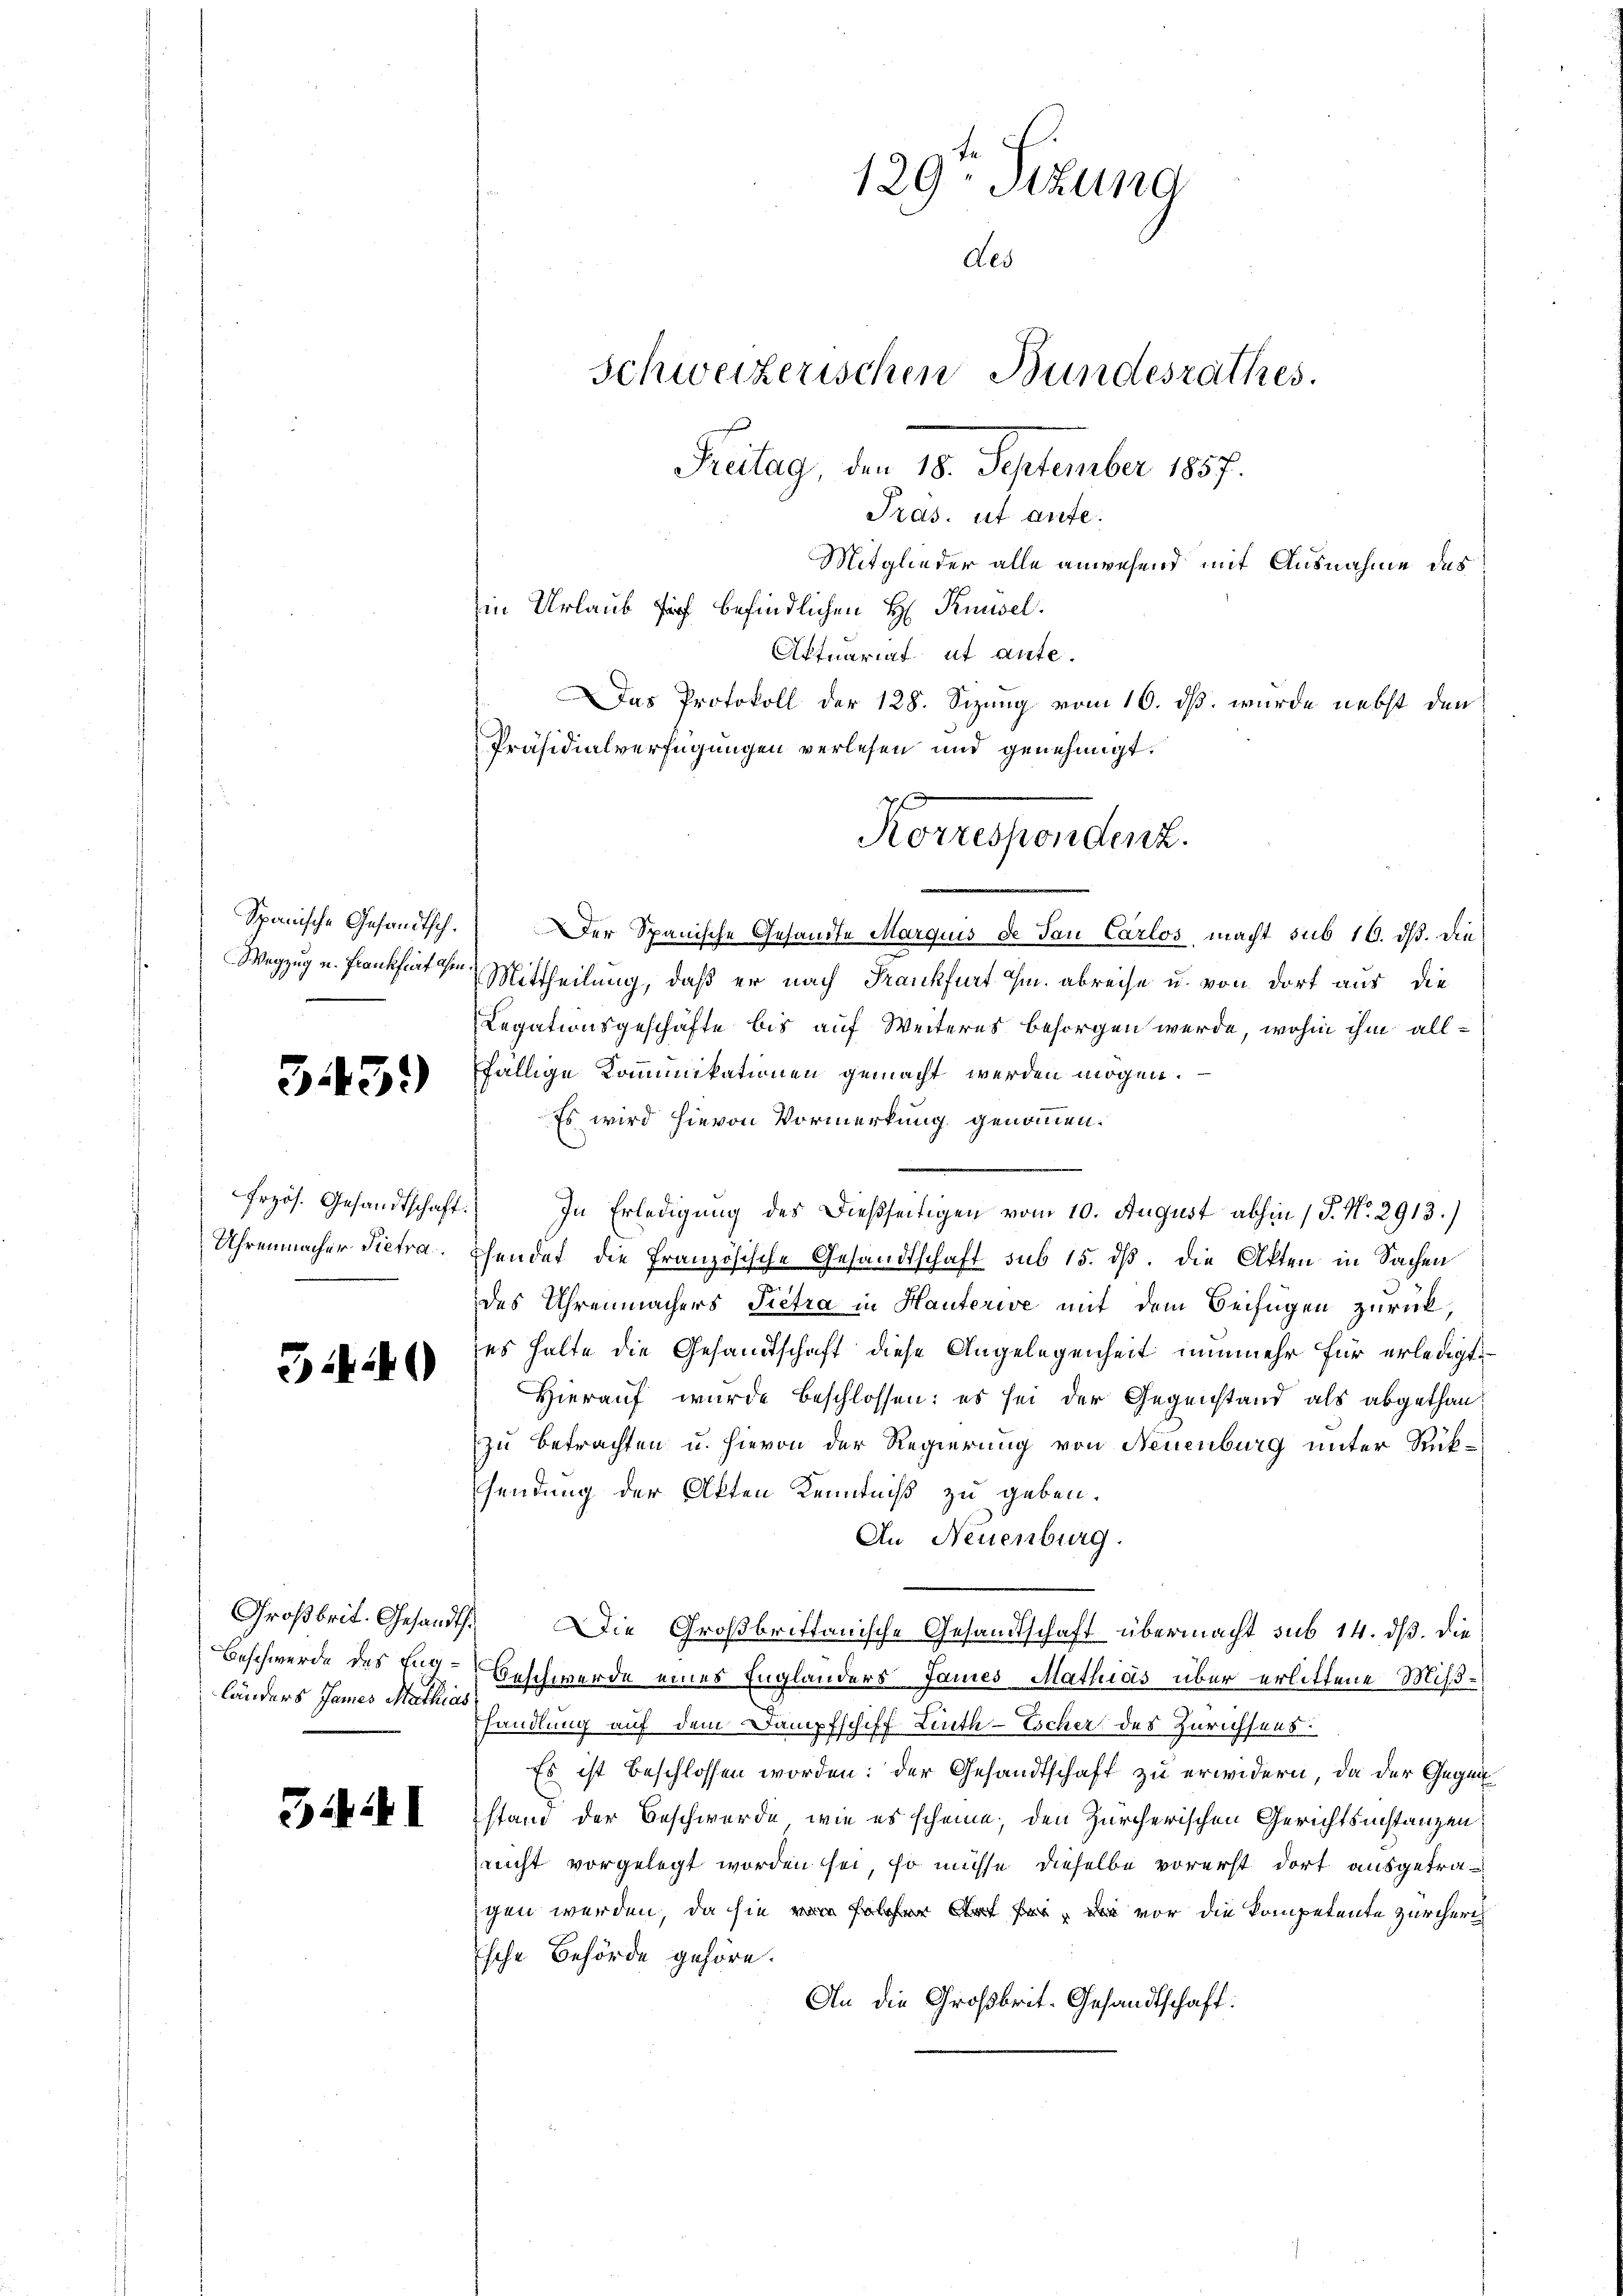
Spanische Gesandtsch.
Wegzug u. Frankfurt ihm

343.

Frzös. Gesandtschaft
Uhrenmacher Pietra

344)

Großbrit. Gesandt,
Beschwerde des Engländers James Mathias

341

129ten Sitzung
des
Schweizerischen Bundesrathes.
Freitag, den 18. September 1857.
Tras. ist aute.
Mitglieder alle anwesend mit Ausnahme des
iin Urlaub fort befindlichen H Knüsel.
Aktuariat et aute.
Das Protokoll der 128. Sizung vom 16. dß wurde nebst den
Präsidialverfügungen verlesen und genehmigt.

Der Spanische Gesandte Marquus de Tau Carlos, macht sub 16. ds. die
Mittheilung, daß er nach Frankfurt im abreise u. von dort aus die
Legationsgeschäfte bis auf Weiteres besorgen werde, wohin ihm allfällige Kommunikationen gemacht werden mögen.
Es wird hievon Vormerkung genommen.
In Erledigung des dießseitigen vom 10. August abhin 1 S. No. 2913.)
hendet die Französische Gesandtschaft sub 15. dß. die Akten in Sachen
des Uhrenmachers Pietra in Hauferive mit dem Beifügen zurückes halte die Gesandtschaft diese Angelegenheit nunmehr für erledigt,
Hierauf wurde beschlossen: es sei der Gegenstand als abgethan.
zu Betrachten u. hievon der Regierung von Neuenburg unter Rüksendung der Akten Kenntniß zu geben.
An Neuenburg.
Die Großbrittanische Gesandtschaft übermacht sub 14. dß. die
Beschwerde eines Englanders James Mathias über erlittene Mißhandlung auf dem Dampfschiff Linth-Escher des Zürichsens
Es ist beschlossen worden: der Gesandtschaft zu erwidern, da der Gegen
stand der Beschwerde, wie es scheine, den Zürcherischen Gerichtsinstanzen
nicht vorgelegt worden sei, so müsse dieselbe vorerst dort ausgetragen werden, da sie von solchen Art der vor die kompetente Zürcheri
sche Behörde gehöre.
An die Großbrit-Gesandtschaft:

Korrespondert.